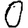
Digit: 0